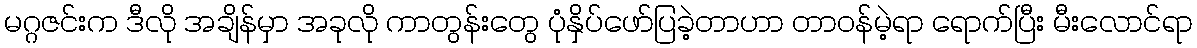
မဂ္ဂဇင်းက ဒီလို အချိန်မှာ အခုလို ကာတွန်းတွေ ပုံနှိပ်ဖော်ပြခဲ့တာဟာ တာဝန်မဲ့ရာ ရောက်ပြီး မီးလောင်ရာ